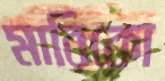
মারিকো